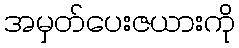
အမှတ်ပေးဇယားကို